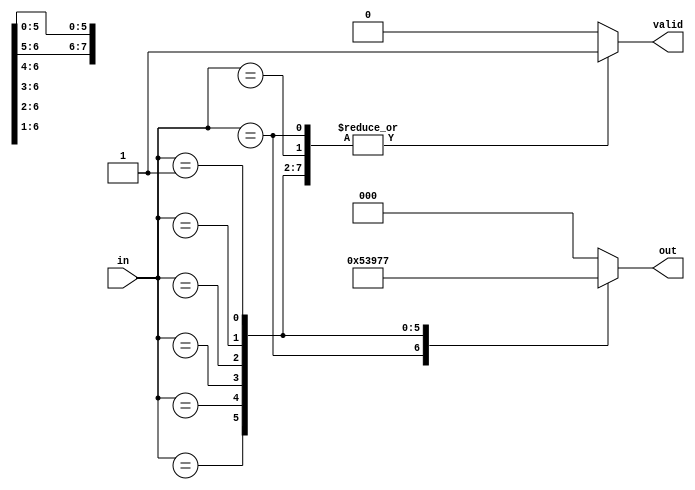
module relative_encoder (
    input wire [7:0] in,        // 8 one-hot encoded input lines
    output reg [2:0] out,       // 3-bit binary output for 8 inputs
    output reg valid            // Valid signal to indicate if an input is active
);

    always @(*) begin
        valid = 1'b0; // Default valid to false
        out = 3'b000; // Default output

        // Priority encoding logic
        casez (in)
            8'b1xxxxxxx: begin out = 3'b000; valid = 1'b1; end // Input 0 active
            8'b01xxxxxx: begin out = 3'b001; valid = 1'b1; end // Input 1 active
            8'b001xxxxx: begin out = 3'b010; valid = 1'b1; end // Input 2 active
            8'b0001xxxx: begin out = 3'b011; valid = 1'b1; end // Input 3 active
            8'b00001xxx: begin out = 3'b100; valid = 1'b1; end // Input 4 active
            8'b000001xx: begin out = 3'b101; valid = 1'b1; end // Input 5 active
            8'b0000001x: begin out = 3'b110; valid = 1'b1; end // Input 6 active
            8'b00000001: begin out = 3'b111; valid = 1'b1; end // Input 7 active
            default: begin out = 3'b000; valid = 1'b0; end // No inputs active
        endcase
    end

endmodule